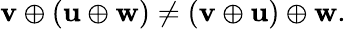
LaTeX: \mathbf{v}\oplus(\mathbf{u}\oplus\mathbf{w})\neq(\mathbf{v}\oplus\mathbf{u})\oplus\mathbf{w}.